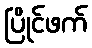
ပြိုင်ဖက်